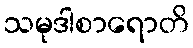
သမုဒါစာရောတိ